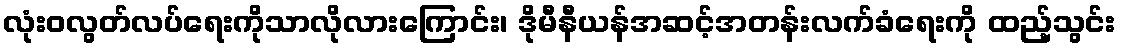
လုံးဝလွတ်လပ်ရေးကိုသာလိုလားကြောင်း၊ ဒိုမီနီယန်အဆင့်အတန်းလက်ခံရေးကို ထည့်သွင်း